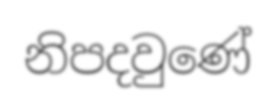
නිපදවුණේ